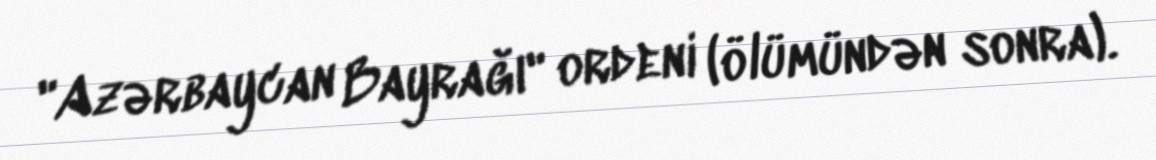
"Azərbaycan Bayrağı" ordeni (ölümündən sonra).